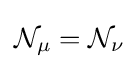
{\mathcal {N}}_{\mu }={\mathcal {N}}_{\nu }